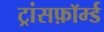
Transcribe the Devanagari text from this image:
ट्रांसफ़ॉर्म्ड